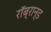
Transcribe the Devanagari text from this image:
रॉब्रान्ड